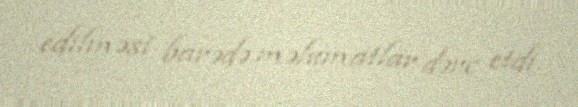
edilməsi barədə məlumatlar dərc etdi.